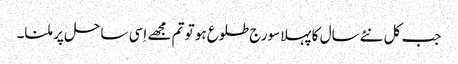
جب کل نئےسال کا پہلا سورج طلوع ہو تو تم مجھے اِسی ساحل پر ملنا۔